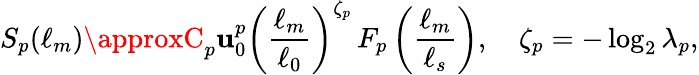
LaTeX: S_{p}(\ell_{m})\approxC_{p}\mathbf{u}_{0}^{p}\left(\frac{{\ell_{m}}}{{\ell_{0}}}\right)^{\zeta_{p}}\, F_{p}\left(\frac{{\ell_{m}}}{{\ell_{s}}}\right),\quad\zeta_{p}=-\log_{2}\lambda_{p},